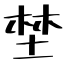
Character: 埜